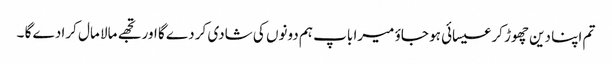
تم اپنا دین چھوڑ کر عیسائی ہو جاؤ میرا باپ ہم دونوں کی شادی کر دے گا اور تجھے مالا مال کرا دے گا ۔